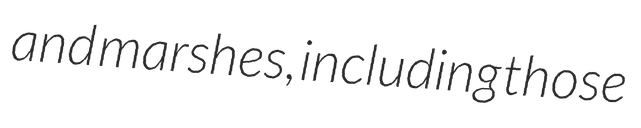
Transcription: and marshes, including those